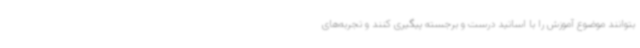
بتوانند موضوع آموزش را با اساتید درست و برجسته پیگیری کنند و تجربه‌های